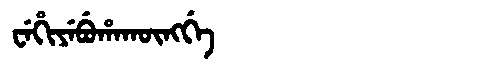
Manchu: ᠸᡝᡥᡳᠶᡝᠪᡠᡥᠠᡴᡡᠩᡤᡝ
Romanization: WEHIYEBUHAKŪNGGE